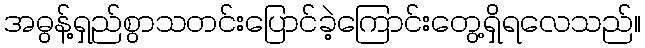
အဓွန့်ရှည်စွာသတင်းပြောင်ခဲ့ကြောင်းတွေ့ရှိရလေသည်။